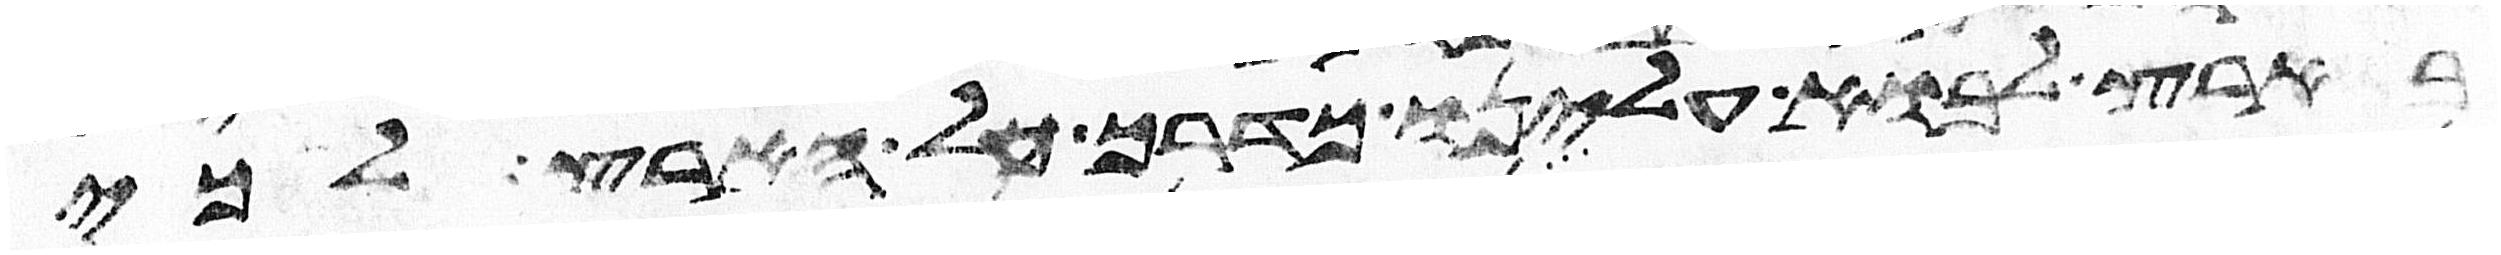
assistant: בארץ לבוא עלינו כדרך כל הארץ לכי